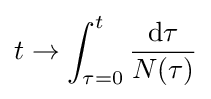
t\rightarrow \int _{\tau =0}^{t}{\frac {\mathrm {d} \tau }{N(\tau )}}